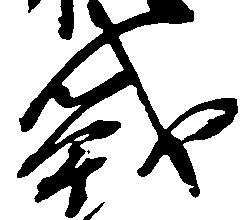
戦